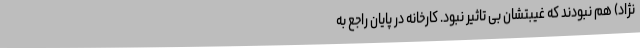
‌نژاد) هم نبودند که غیبتشان بی تاثیر نبود. کارخانه در پایان راجع به